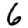
Digit: 6